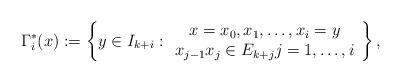
LaTeX: \begin{align*} \Gamma_i^*(x) := \left\{ y \in I_{k+i} : \begin{array}{c} x=x_0, x_1, \dots , x_i=y \\ x_{j-1}x_j \in E_{k+j}j=1,\dots, i\end{array}\right\}, \end{align*}